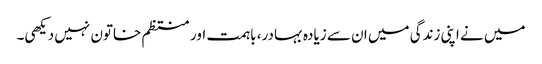
میں نے اپنی زندگی میں ان سے زیادہ بہادر، باہمت اور منتظم خاتون نہیں دیکھی۔